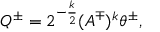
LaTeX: Q ^ { \pm } = 2 ^ { - \frac k 2 } ( A ^ { \mp } ) ^ { k } \theta ^ { \pm } ,